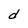
Character: d